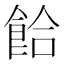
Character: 餄